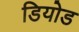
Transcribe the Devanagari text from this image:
डियोड